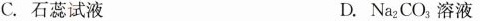
C.石蕊试液 D.Na_{2}CO_{3}溶液